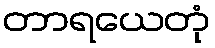
တာရယေတုံ